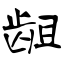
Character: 龃